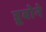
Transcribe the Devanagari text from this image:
डूबोने